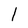
Character: l